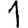
Digit: 1